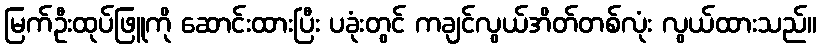
မြက်ဦးထုပ်ဖြူကို ဆောင်းထားပြီး ပခုံးတွင် ကချင်လွယ်အိတ်တစ်လုံး လွယ်ထားသည်။